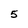
Character: 5